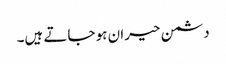
دشمن حیران ہو جاتے ہیں۔